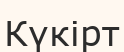
Күкірт